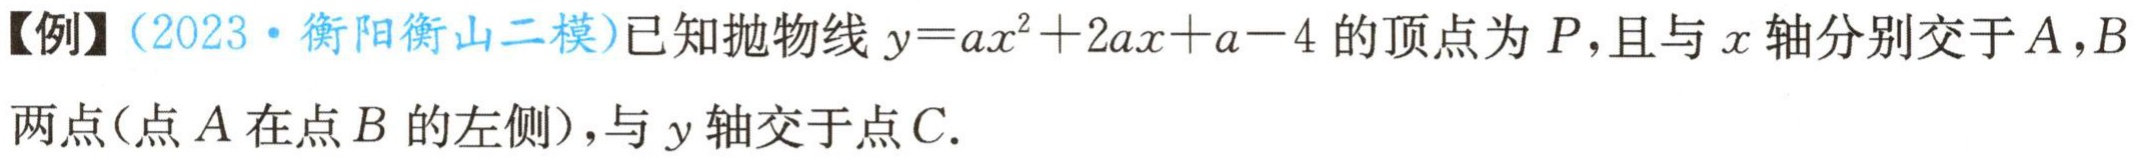
【例】（2023·衡阳衡山二模）已知抛物线\(y = ax^{2}+2ax + a - 4\)的顶点为\(P\)，且与\(x\)轴分别交于\(A,B\)两点（点\(A\)在点\(B\)的左侧），与\(y\)轴交于点\(C\).